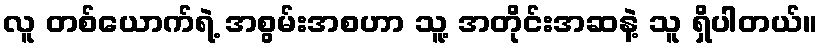
လူ တစ်ယောက်ရဲ့ အစွမ်းအစဟာ သူ့ အတိုင်းအဆနဲ့ သူ ရှိပါတယ်။